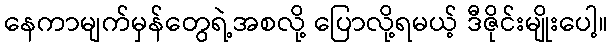
နေကာမျက်မှန်တွေရဲ့အစလို့ ပြောလို့ရမယ့် ဒီဇိုင်းမျိုးပေါ့။